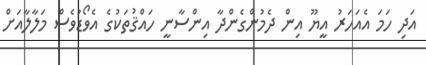
އަދި ހަމަ އެއަހަރު އީޔޫ އިން ދެމުންގެންދާ އިންސާނީ ހައްޤުތަކުގެ އެވޯޑުވެސް މަލާލާއަށް